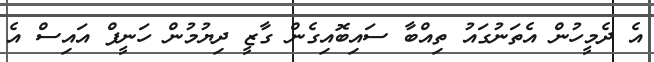
އެ ދެމީހުން އެތަނުގައު ތިއްބާ ސައިބޮއިގެން ގާޒީ ދިޔުމުން ހަނީފް އައިސް އެ